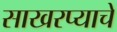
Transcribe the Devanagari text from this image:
साखरप्याचे